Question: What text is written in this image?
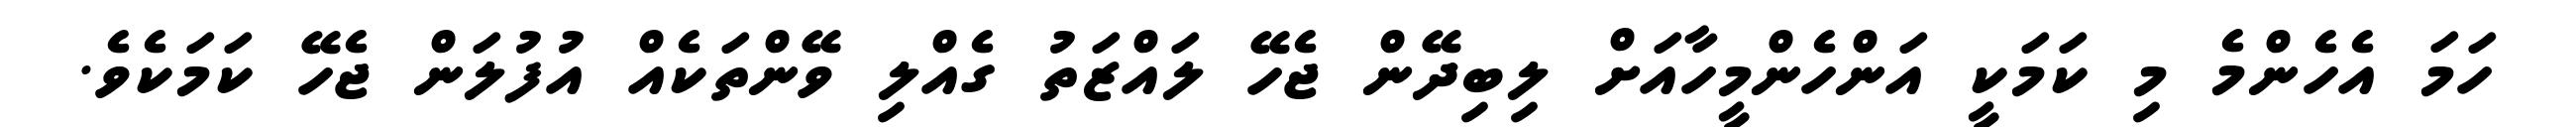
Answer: ހަމަ އެހެންމެ މި ކަމަކީ އަންހެންމީހާއަށް ލިބިދޭން ޖެހޭ ލައްޒަތު ގެއްލި ވޭންތަކެއް އުފުލަން ޖެހޭ ކަމަކެވެ.